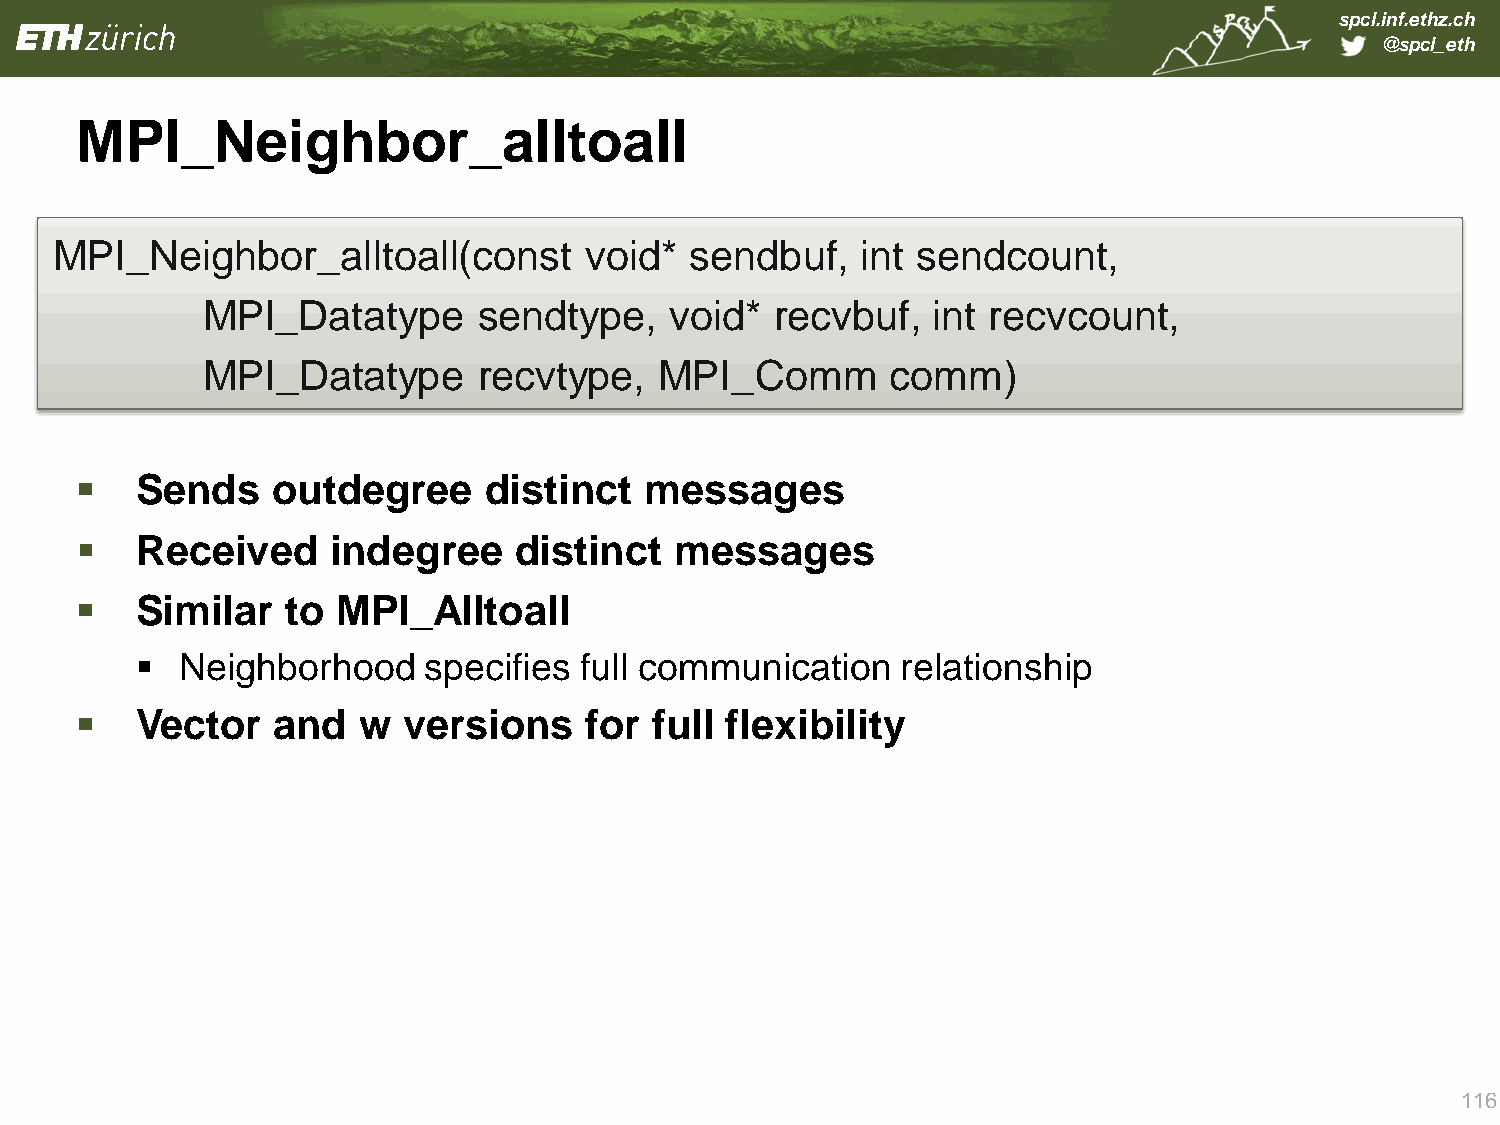
spcl.inf.ethz.ch
 @spcl_eth
 MPI_Neighbor_alltoall
    \\
 MPI_Neighbor_alltoall(const         void*  sendbuf,   int sendcount,
 MPI_Datatype       sendtype,   void*  recvbuf,   int recvcount,
 MPI_Datatype       recvtype,   MPI_Comm       comm)
    Sends    outdegree     distinct   messages
    Received     indegree    distinct   messages
    Similar   to MPI_Alltoall
   Neighborhood    specifies full communication    relationship
    Vector   and   w  versions    for full flexibility
 116